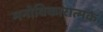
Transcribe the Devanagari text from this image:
मनोविकारात्मक